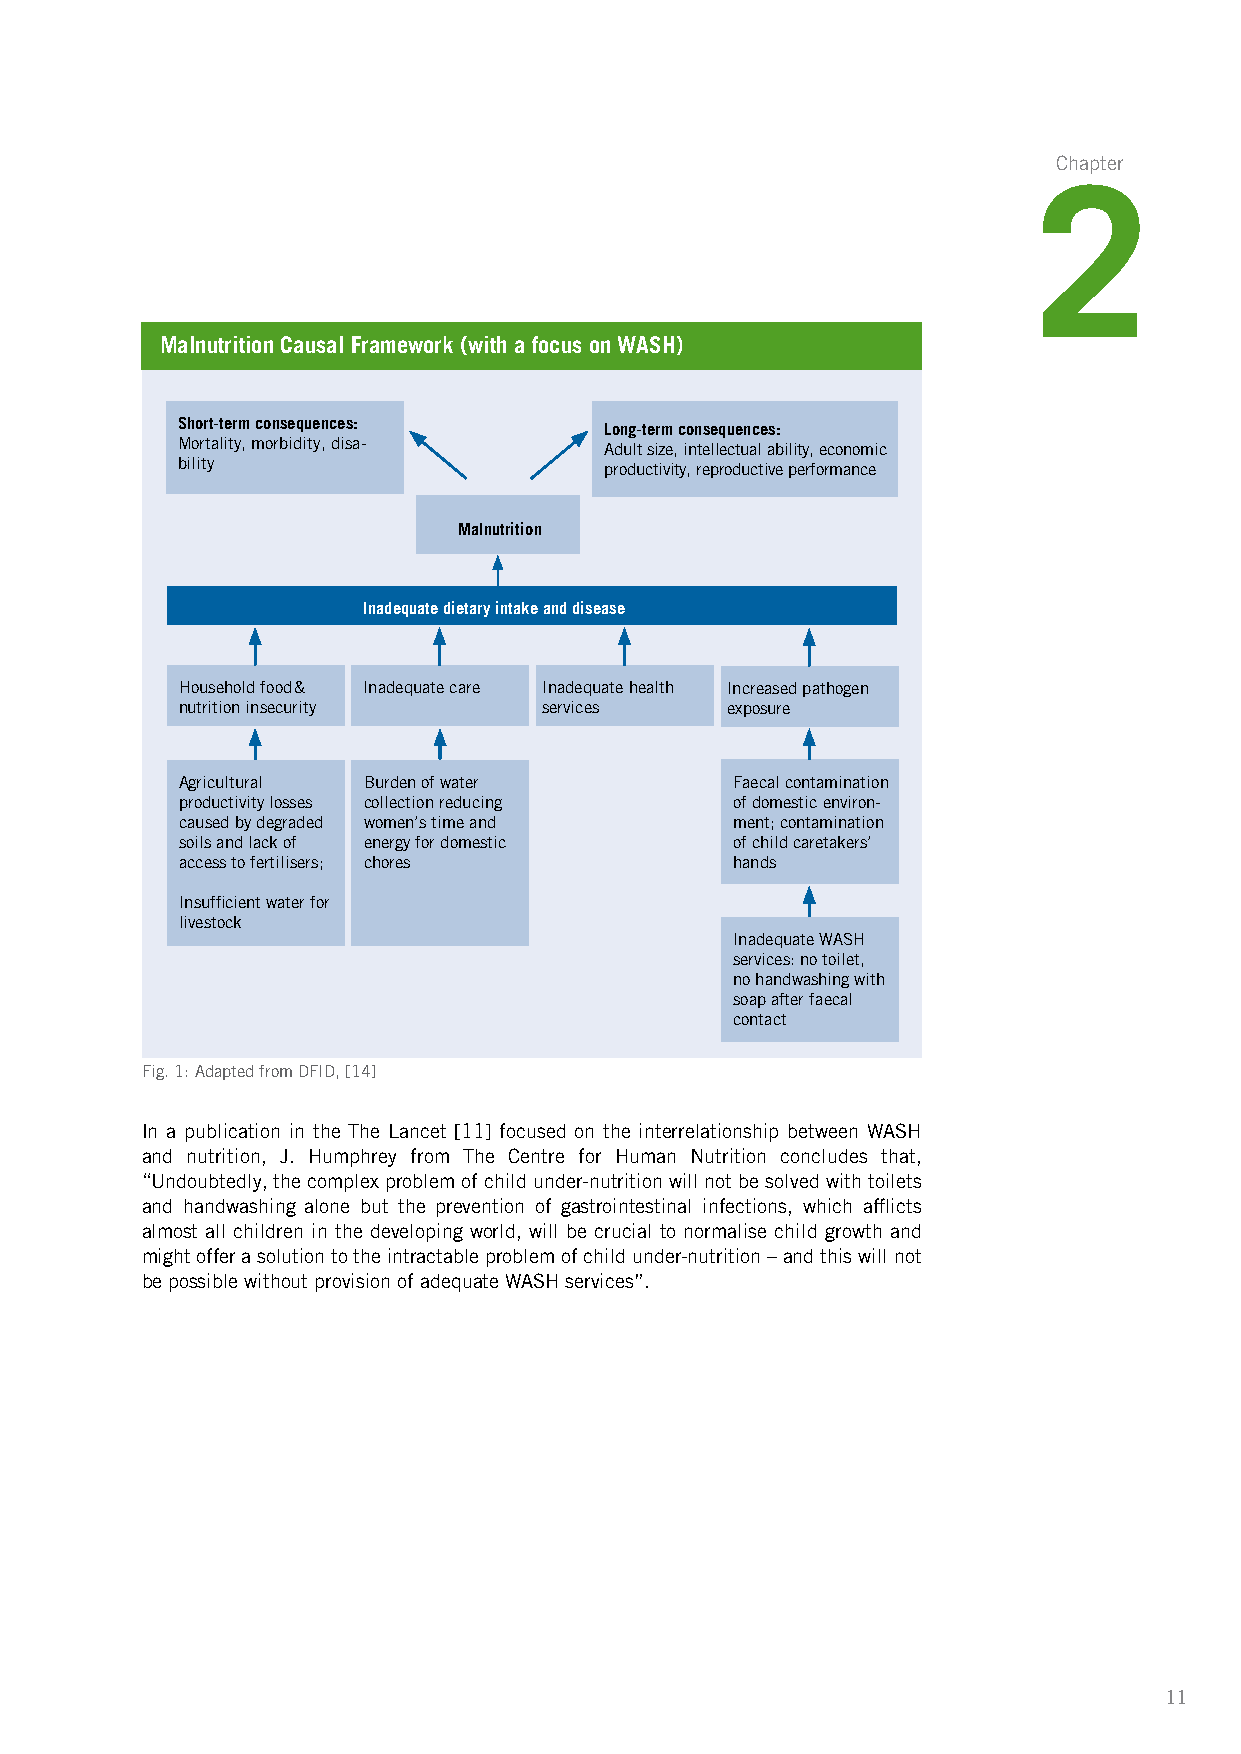
Chapter
 2
 Malnutrition Causal Framework (with a focus on WASH)
 Short-term consequences:    Long-term consequences:
 Mortality, morbidity, disa- Adult size, intellectual ability, economic
 bility                      productivity, reproductive performance
 Malnutrition
 Inadequate dietary intake and disease
 Household food & Inadequate care Inadequate health Increased pathogen
 nutrition insecurity    services    exposure
 Agricultural Burden of water        Faecal contamination
 productivity losses collection reducing of domestic environ-
 caused by degraded women’s time and ment; contamination
 soils and lack of energy for domestic of child caretakers’
 access to fertilisers; chores       hands
 Insufficient water for
 livestock
 Inadequate WASH
 services: no toilet,
 no handwashing with
 soap after faecal
 contact
 Fig. 1: Adapted from DFID, [14]
 In a publication in the The Lancet [11] focused on the interrelationship between WASH
 and nutrition, J. Humphrey from The Centre for Human Nutrition concludes that,
 “Undoubtedly, the complex problem of child under-nutrition will not be solved with toilets
 and handwashing alone but the prevention of gastrointestinal infections, which afflicts
 almost all children in the developing world, will be crucial to normalise child growth and
 might offer a solution to the intractable problem of child under-nutrition – and this will not
 be possible without provision of adequate WASH services”.
 11